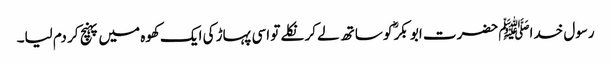
رسول خداﷺ حضرت ابو بکرؓ کو ساتھ لے کر نکلے تو اسی پہاڑ کی ایک کھوہ میں پہنچ کر دم لیا۔